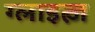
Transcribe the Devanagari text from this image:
ग्लाइत्ज़